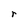
Character: r